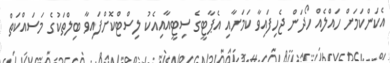
އެކަންކަމަށް ހައްލެއް ހޯދަން ޖެހިފައިވާ ކަމަށާއި އެޕާޓީގެ ސިޓީއާއިއެކު ލިސްޓްކޮށްފައިވާ ބިލްތަކުގެ މަސައްކަތް